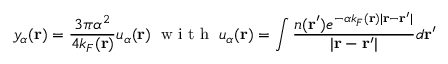
y _ { \alpha } ( \mathbf { r } ) = \frac { 3 \pi \alpha ^ { 2 } } { 4 k _ { F } ( \mathbf { r } ) } u _ { \alpha } ( \mathbf { r } ) \; \textrm { w i t h } \; u _ { \alpha } ( \mathbf { r } ) = \int \frac { n ( \mathbf { r } ^ { \prime } ) e ^ { - \alpha k _ { F } ( \mathbf { r } ) | \mathbf { r } - \mathbf { r } ^ { \prime } | } } { | \mathbf { r } - \mathbf { r } ^ { \prime } | } d \mathbf { r } ^ { \prime }